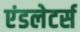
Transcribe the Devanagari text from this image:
एंडलेटर्स